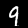
Digit: 9